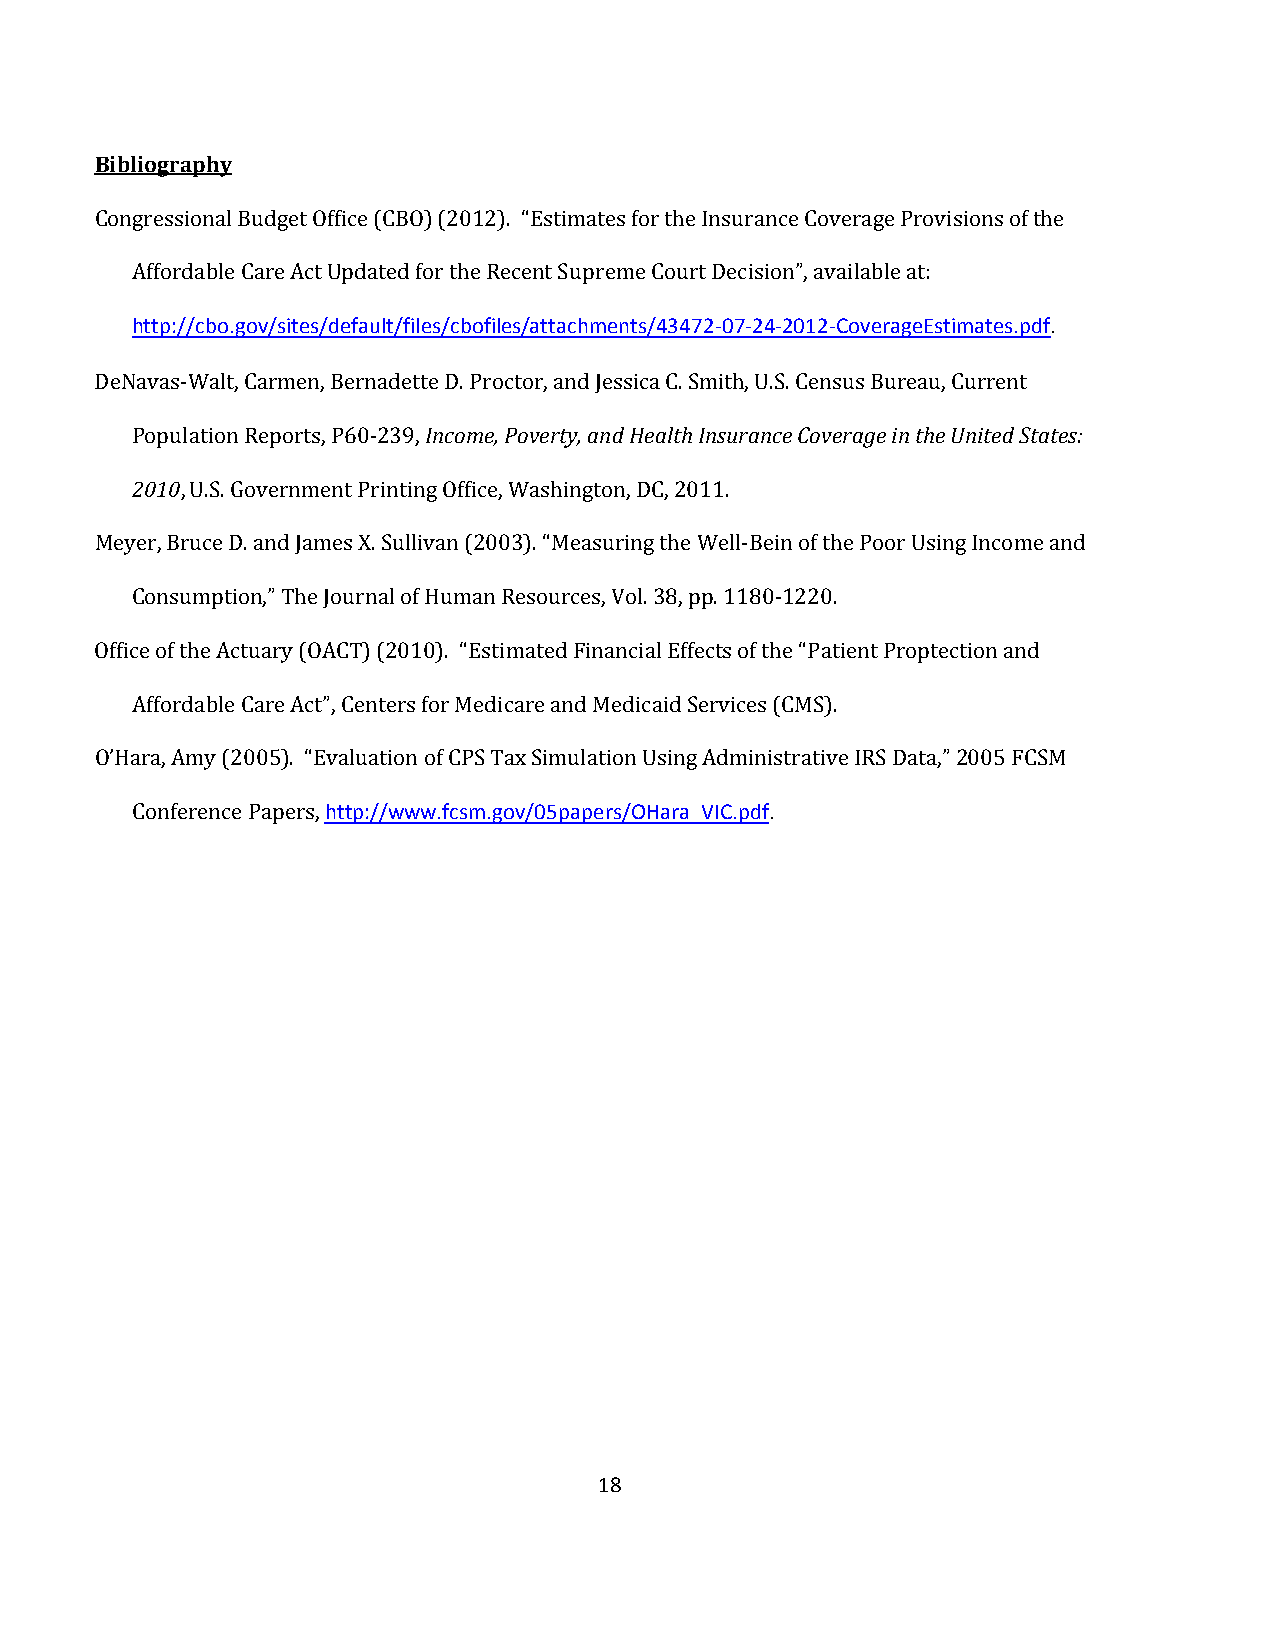
Bibliography
 Congressional Budget Office (CBO) (2012). “Estimates for the Insurance Coverage Provisions of the
 hAtftfpo:r/d/acbbole.g Coavr/es iAtecst/ Udepfdaautlte/dfi lfeosr/ tchbeo fRileecs/eanttt aScuhpmreemntes /C4o3u4r7t2 D-0e7c-i2s4io-n20”,1 a2v-Caiolavebrlaeg aetE: stimates.pdf.
 DeNavas-Walt, Carmen, BernadettIen Dco. mPreo, cPtoovre, ratnyd, a Jnedss Hiceaa Clt.h S Imnsituhr,a Un.cSe. CCeonvesruasg Beu irne tahue, UCunritreedn St tates:
 2P0o1p0ulation Reports, P60-239,
 , U.S. Government Printing Office, Washington, DC, 2011.
 Meyer, Bruce D. and James X. Sullivan (2003). “Measuring the Well-Bein of the Poor Using Income and
 Consumption,” The Journal of Human Resources, Vol. 38, pp. 1180-1220.
 Office of the Actuary (OACT) (2010). “Estimated Financial Effects of the “Patient Proptection and
 Affordable Care Act”, Centers for Medicare and Medicaid Services (CMS).
 O’Hara, Amy (2005). “Ehvtatlpu:a//tiwown wof. fCcsPmS .Tgoaxv /S0i5mpualpaetrios/nO UHsairnag_ VAIdCm.pidnfi.strative IRS Data,” 2005 FCSM
 Conference Papers,
 18